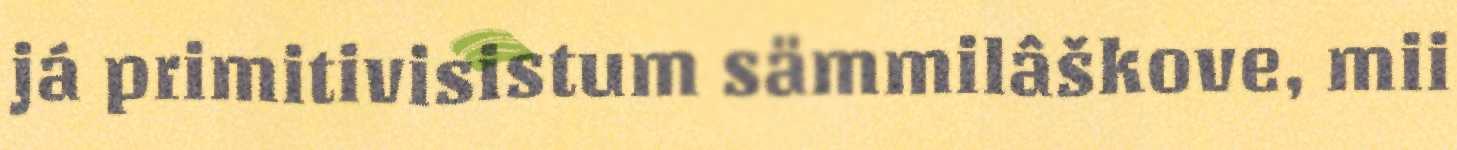
já primitivisistum sämmilâškove, mii